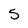
Character: 5